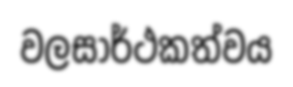
වලසාර්ථකත්වය